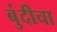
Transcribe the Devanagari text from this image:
बुंदीचा